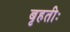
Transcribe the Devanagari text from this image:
बृहतीः